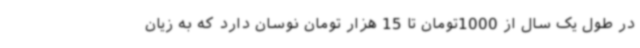
در طول یک سال از 1000تومان تا 15 هزار تومان نوسان دارد که به زیان